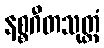
နစ္စဂီတသုတ္တံ